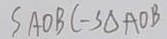
S A O B C - S \Delta A O B